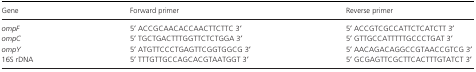
<table><thead><tr><td><b>Gene</b></td><td><b>Forward primer</b></td><td><b>Reverse primer</b></td></tr></thead><tbody><tr><td><i>ompF</i></td><td>5′ ACCGCAACACCAACTTCTTC 3′</td><td>5′ ACCGTCGCCATTCTCATCTT 3′</td></tr><tr><td><i>ompC</i></td><td>5′ TGCTGACTTTGGTTCTCTGGA 3′</td><td>5′ GTTGCCATTTTTGCCCTGAT 3′</td></tr><tr><td><i>ompY</i></td><td>5′ ATGTTCCCTGAGTTCGGTGGCG 3′</td><td>5′ AACAGACAGGCCGTAACCGTCG 3′</td></tr><tr><td>16S rDNA</td><td>5′ TTTGTTGCCAGCACGTAATGGT 3′</td><td>5′ GCGAGTTCGCTTCACTTTGTATCT 3′</td></tr></tbody></table>